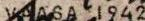
VAASA 1942